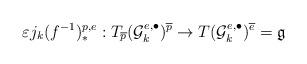
LaTeX: \begin{align*}\varepsilon j_{k}(f^{-1})_{\ast }^{p,e}:T_{\overline{p}}(\mathcal{G}_{k}^{e,\bullet })^{\overline{p}}\rightarrow T(\mathcal{G}_{k}^{e,\bullet})^{\overline{e}}=\mathfrak{g}\end{align*}